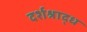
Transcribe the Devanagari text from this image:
दर्शश्राद्ध